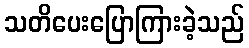
သတိပေးပြောကြားခဲ့သည်